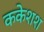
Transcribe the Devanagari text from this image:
ककेशश